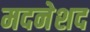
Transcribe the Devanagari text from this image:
मदनेशद